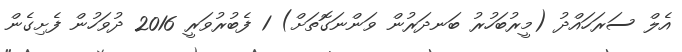
އެލް ސަރަހައްދު (މީރުބަހުރު ބަނދަރުން ވަންނަގޮތަށް) 1 ފެބުރުވަރީ 2016 ދުވަހުން ފެށިގެން